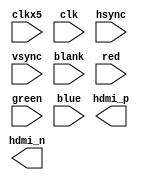
module dvid (
    input wire clkx5,
    input wire clk,
    input wire hsync,
    input wire vsync,
    input wire blank,
    input wire [2:0] red,
    input wire [2:0] green,
    input wire [2:0] blue,

    output wire [3:0] hdmi_p,
    output wire [3:0] hdmi_n
    );

    wire [1:0] ctls [2:0];
    wire [2:0] colours [2:0];

    reg [9:0] symbols [3:0];
    reg [9:0] high_speed_sr [3:0];
    reg [4:0] high_speed_latch = 5'b00001;
    reg [1:0] output_bits [3:0];

    assign ctls[0] = { vsync, hsync };
    assign colours[0] = red;
    assign colours[1] = green;
    assign colours[2] = blue;

    initial begin
        // clock
        symbols[3] = 10'b0000011111;
    end

    integer i;
	always@(posedge clk) begin
        for(i=0; i<=2; i=i+1) begin
            if(blank == 1'b1) begin
                case(ctls[i])
                    // these are output LSB first so are the reverse as to what is in the spec
                    // hsync and vsync are only sent on blue channel
                    2'b00: symbols[i] <= 10'b1101010100;
                    2'b01: symbols[i] <= 10'b0010101011; // hsync
                    2'b10: symbols[i] <= 10'b0101010100; // vsync
                    default: symbols[i] <= 10'b1010101011;
                endcase
            end else begin
                case(colours[i])
                    3'b000:  symbols[i] <= 10'b0111110000; // 0x10
                    3'b001:  symbols[i] <= 10'b0001001111; // 0x2F
                    3'b010:  symbols[i] <= 10'b0111001100; // 0x54
                    3'b011:  symbols[i] <= 10'b0010001111; // 0x6F
                    3'b100:  symbols[i] <= 10'b0000101111; // 0x8F
                    3'b101:  symbols[i] <= 10'b1000111001; // 0xB4
                    3'b110:  symbols[i] <= 10'b1000011011; // 0xD2
                    default: symbols[i] <= 10'b1011110000; // 0xEF
                endcase
            end
        end
    end

    // from hamster's work, this is missing the output buffer and the 2bit output_bits for each channel
    always@(posedge clkx5) begin
        for(i = 0; i <= 3; i = i + 1) begin
            // 2 bits at a time for DDR
            output_bits[i] <= { high_speed_sr[i][0],high_speed_sr[i][1] }; //, [1:0];
            if(high_speed_latch[0] == 1'b1)
                high_speed_sr[i] <= symbols[i];
            else
                high_speed_sr[i] <= { 2'b00, high_speed_sr[i][9:2] };
        end
        high_speed_latch <= { high_speed_latch[0], high_speed_latch[4:1] };
    end

    // ddr details: http://www.latticesemi.com/view_document?document_id=47960
    `ifdef enable_output
    defparam hdmip0.PIN_TYPE = 6'b010000;
    defparam hdmip0.IO_STANDARD = "SB_LVCMOS" ;
    SB_IO hdmip0 (
    .PACKAGE_PIN(hdmi_p[0]),
    .CLOCK_ENABLE (1'b1  ),
    .OUTPUT_CLK ( clkx5 ),
    .OUTPUT_ENABLE (1'b1 ),
    .D_OUT_0 (output_bits[0][0]), // Non-inverted
    .D_OUT_1 (output_bits[0][1]), // Non-inverted
    );


    // Inverting, N-side of pair
    defparam hdmin0.PIN_TYPE = 6'b010000 ;
    defparam hdmin0.IO_STANDARD = "SB_LVCMOS" ;
    SB_IO hdmin0 (
    .PACKAGE_PIN(hdmi_n[0]),
    .CLOCK_ENABLE ( 1'b1),
    .OUTPUT_CLK (clkx5),
    .OUTPUT_ENABLE (1'b1 ),
    .D_OUT_0 (~output_bits[0][0]), // Inverted
    .D_OUT_1 (~output_bits[0][1]), // Inverted
    );

    // green 
    defparam hdmip1.PIN_TYPE = 6'b010000;
    defparam hdmip1.IO_STANDARD = "SB_LVCMOS" ;
    SB_IO hdmip1 (
    .PACKAGE_PIN(hdmi_p[1]),
    .CLOCK_ENABLE (1'b1  ),
    .OUTPUT_CLK ( clkx5 ),
    .OUTPUT_ENABLE (1'b1 ),
    .D_OUT_0 (output_bits[1][0]), // Non-inverted
    .D_OUT_1 (output_bits[1][1]), // Non-inverted
    );

    // Inverting, N-side of pair
    defparam hdmin1.PIN_TYPE = 6'b010000 ;
    defparam hdmin1.IO_STANDARD = "SB_LVCMOS" ;
    SB_IO hdmin1 (
    .PACKAGE_PIN(hdmi_n[1]),
    .CLOCK_ENABLE ( 1'b1),
    .OUTPUT_CLK (clkx5),
    .OUTPUT_ENABLE (1'b1 ),
    .D_OUT_0 (~output_bits[1][0]), // Inverted
    .D_OUT_1 (~output_bits[1][1]), // Inverted
    );


    // blue 
    defparam hdmip2.PIN_TYPE = 6'b010000;
    defparam hdmip2.IO_STANDARD = "SB_LVCMOS" ;
    SB_IO hdmip2 (
    .PACKAGE_PIN(hdmi_p[2]),
    .CLOCK_ENABLE (1'b1  ),
    .OUTPUT_CLK ( clkx5 ),
    .OUTPUT_ENABLE (1'b1 ),
    .D_OUT_0 (output_bits[2][0]), // Non-inverted
    .D_OUT_1 (output_bits[2][1]), // Non-inverted
    );

    // Inverting, N-side of pair
    defparam hdmin2.PIN_TYPE = 6'b010000 ;
    defparam hdmin2.IO_STANDARD = "SB_LVCMOS" ;
    SB_IO hdmin2 (
    .PACKAGE_PIN(hdmi_n[2]),
    .CLOCK_ENABLE ( 1'b1),
    .OUTPUT_CLK (clkx5),
    .OUTPUT_ENABLE (1'b1 ),
    .D_OUT_0 (~output_bits[2][0]), // Inverted
    .D_OUT_1 (~output_bits[2][1]), // Inverted
    );

    // clock 
    defparam hdmip3.PIN_TYPE = 6'b010000;
    defparam hdmip3.IO_STANDARD = "SB_LVCMOS" ;
    SB_IO hdmip3 (
    .PACKAGE_PIN(hdmi_p[3]),
    .CLOCK_ENABLE (1'b1  ),
    .OUTPUT_CLK ( clkx5 ),
    .OUTPUT_ENABLE (1'b1 ),
    .D_OUT_0 (output_bits[3][0]), // Non-inverted
    .D_OUT_1 (output_bits[3][1]), // Non-inverted
    );

    // Inverting, N-side of pair
    defparam hdmin3.PIN_TYPE = 6'b010000 ;
    defparam hdmin3.IO_STANDARD = "SB_LVCMOS" ;
    SB_IO hdmin3 (
    .PACKAGE_PIN(hdmi_n[3]),
    .CLOCK_ENABLE ( 1'b1),
    .OUTPUT_CLK (clkx5),
    .OUTPUT_ENABLE (1'b1 ),
    .D_OUT_0 (~output_bits[3][0]), // Inverted
    .D_OUT_1 (~output_bits[3][1]), // Inverted
    );

    `endif

endmodule